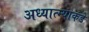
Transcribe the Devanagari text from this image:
अध्यात्म्याकडे